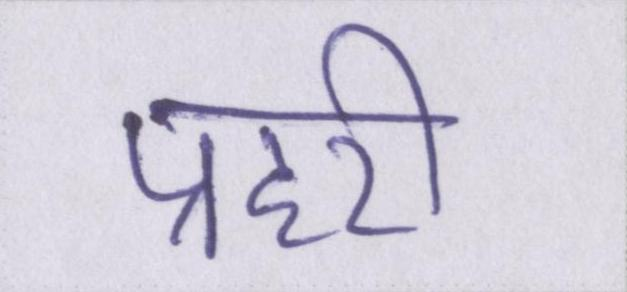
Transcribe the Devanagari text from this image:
प्रहरी